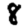
Digit: 8